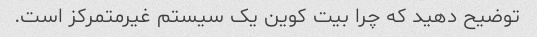
توضیح دهید که چرا بیت کوین یک سیستم غیرمتمرکز است.